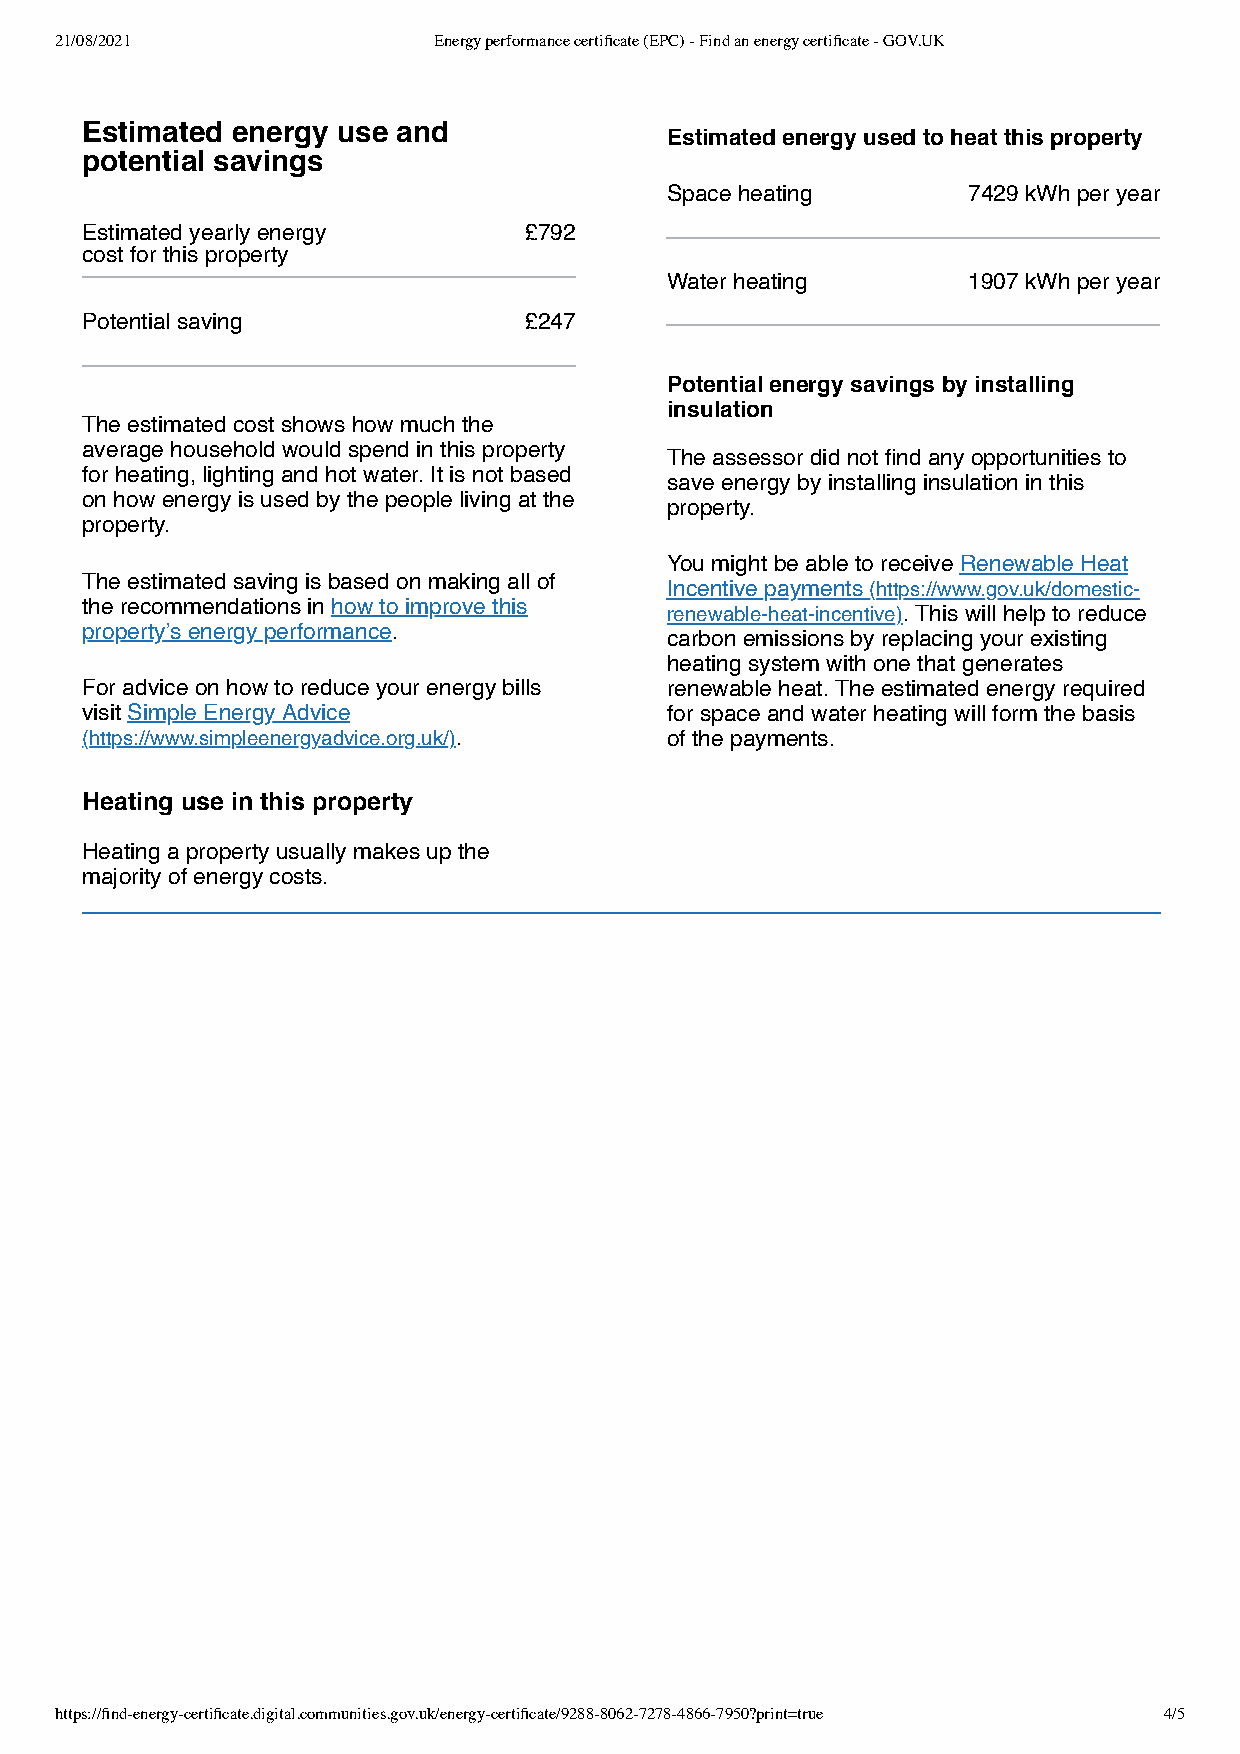
21/08/2021               Energy performance certificate (EPC) - Find an energy certificate - GOV.UK
 Estimated energy use and
 Estimated energy used to heat this property
 potential savings
 Space heating       7429 kWh per year
 Estimated yearly energy       £792
 cost for this property
 Water heating       1907 kWh per year
 Potential saving              £247
 Potential energy savings by installing
 insulation
 The estimated cost shows how much the
 average household would spend in this property
 The assessor did not find any opportunities to
 for heating, lighting and hot water. It is not based
 save energy by installing insulation in this
 on how energy is used by the people living at the
 property.
 property.
 You might be able to receive Renewable Heat
 The estimated saving is based on making all of
 Incentive payments (https://www.gov.uk/domestic-
 the recommendations in how to improve this
 renewable-heat-incentive). This will help to reduce
 property’s energy performance.
 carbon emissions by replacing your existing
 heating system with one that generates
 For advice on how to reduce your energy bills renewable heat. The estimated energy required
 visit Simple Energy Advice             for space and water heating will form the basis
 (https://www.simpleenergyadvice.org.uk/). of the payments.
 Heating use in this property
 Heating a property usually makes up the
 majority of energy costs.
 https://find-energy-certificate.digital.communities.gov.uk/energy-certificate/9288-8062-7278-4866-7950?print=true 4/5